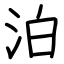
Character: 泊